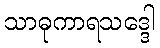
သာဓုကာရသဒ္ဒေါ